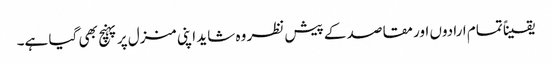
یقیناً تمام ارادوں اور مقاصد کے پیش نظر وہ شاید اپنی منزل پر پہنچ بھی گیا ہے۔